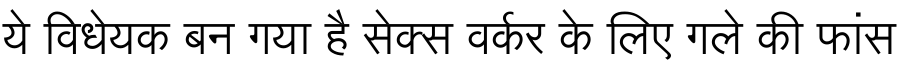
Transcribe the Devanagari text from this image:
ये विधेयक बन गया है सेक्स वर्कर के लिए गले की फांस